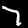
Label: 7